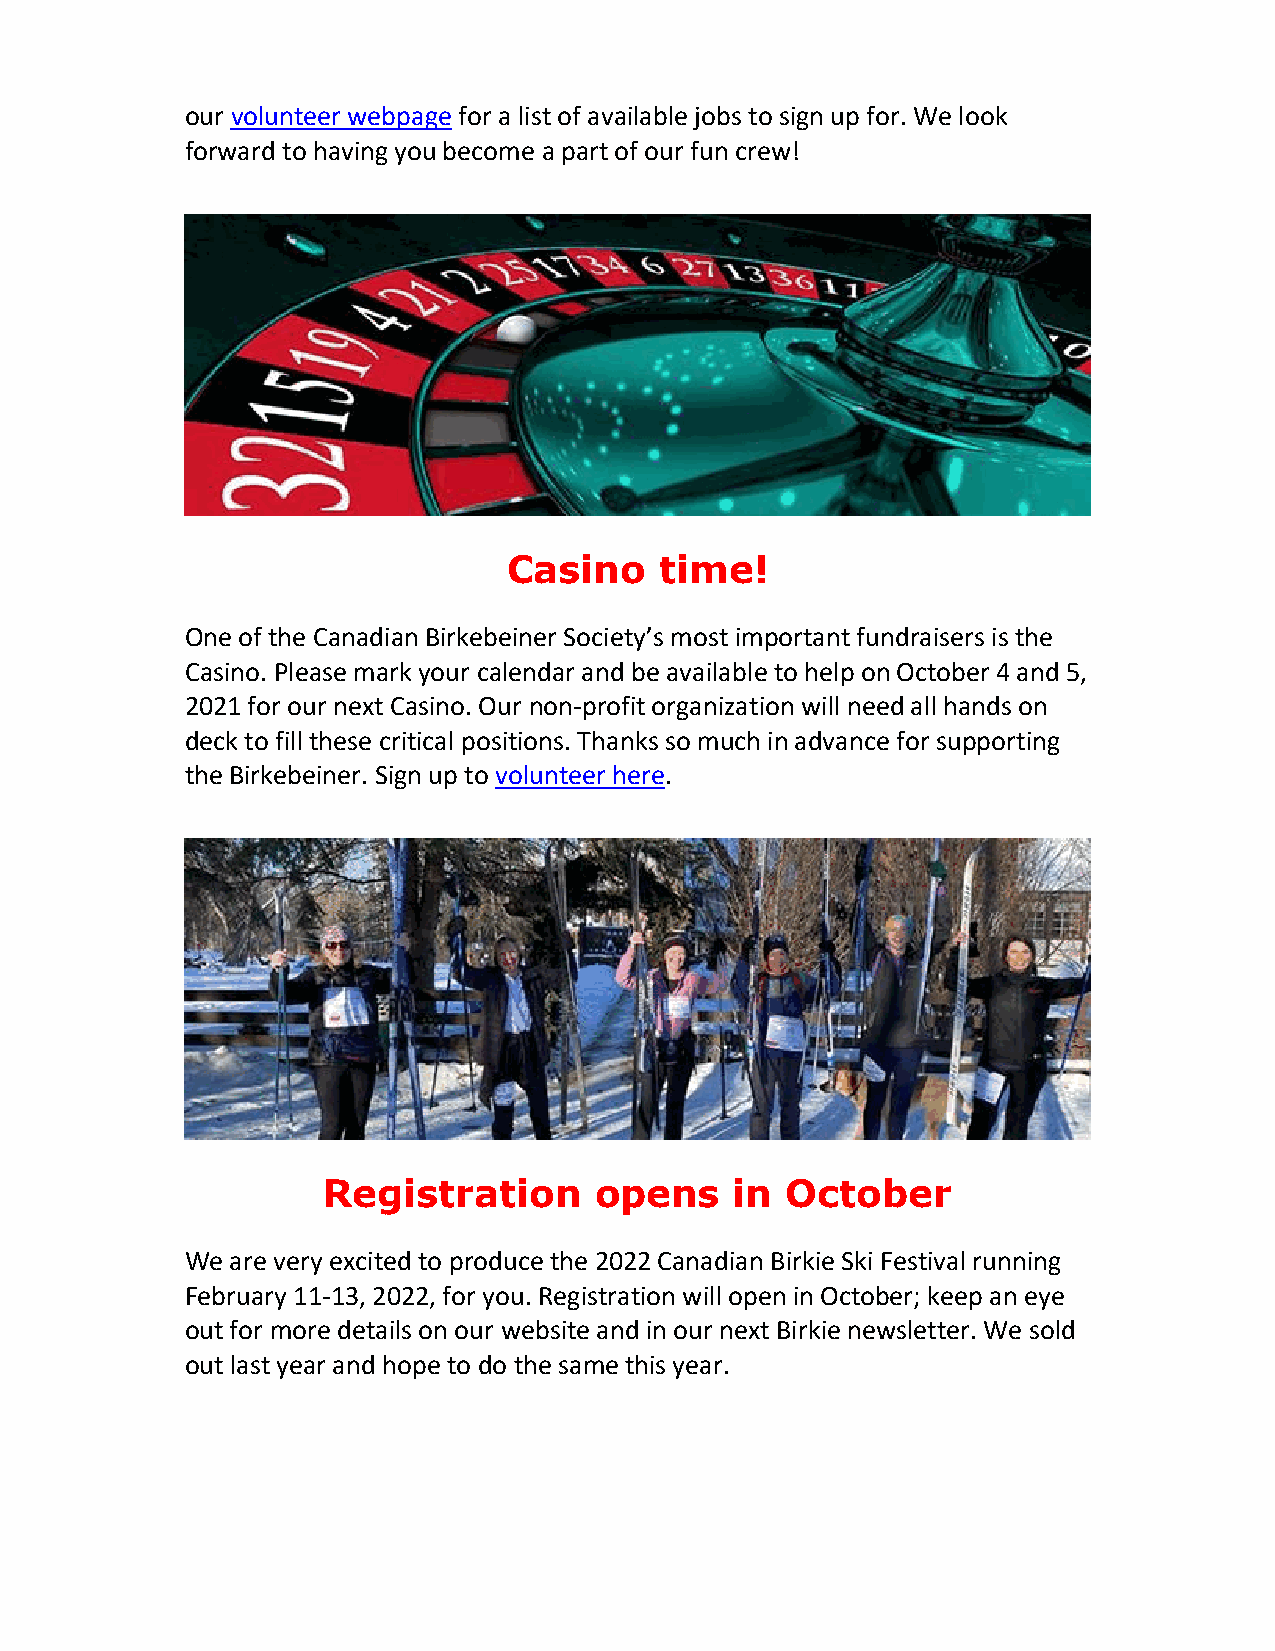
our volunteer webpage for a list of available jobs to sign up for. We look
 forward to having you become a part of our fun crew!
 Casino    time!
 One of the Canadian Birkebeiner Society’s most important fundraisers is the
 Casino. Please mark your calendar and be available to help on October 4 and 5,
 2021 for our next Casino. Our non-profit organization will need all hands on
 deck to fill these critical positions. Thanks so much in advance for supporting
 the Birkebeiner. Sign up to volunteer here.
 Registration      opens     in October
 We are very excited to produce the 2022 Canadian Birkie Ski Festival running
 February 11-13, 2022, for you. Registration will open in October; keep an eye
 out for more details on our website and in our next Birkie newsletter. We sold
 out last year and hope to do the same this year.